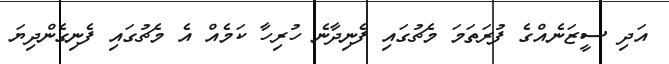
އަދި ސީޒަނެއްގެ ފުރަތަމަ މެޗުގައި ފެނިދާނެ ހުރިހާ ކަމެއް އެ މެޗުގައި ފެނިގެންދިޔަ